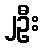
၂ဦး